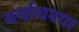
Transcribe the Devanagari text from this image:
बर्याचश्या